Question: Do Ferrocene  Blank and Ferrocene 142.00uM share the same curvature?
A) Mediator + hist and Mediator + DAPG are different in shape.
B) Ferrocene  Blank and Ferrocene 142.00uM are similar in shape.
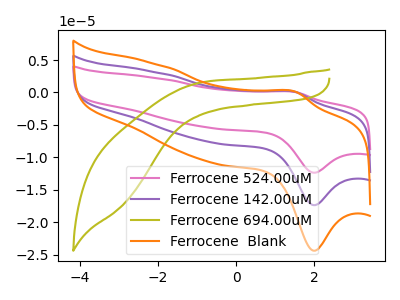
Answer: <think>The pink curve "Ferrocene 524.00uM" has an anodic peak at (1.50V, 0.15uA) and a cathodic peak at (2.00V, -34.75uA). The purple curve "Ferrocene 142.00uM" has an anodic peak at (1.50V, 0.10uA) and a cathodic peak at (2.00V, -17.40uA). The olive curve "Ferrocene 694.00uM" has no peaks. The orange curve "Ferrocene  Blank" has an anodic peak at (1.50V, 0.10uA) and a cathodic peak at (2.00V, -24.40uA).
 All the peaks in "Ferrocene  Blank" have a peak in "Ferrocene 142.00uM" at the same potential. Every peak in "Ferrocene  Blank" is higher than every peak in "Ferrocene 142.00uM".</think>
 <answer>B) "Ferrocene  Blank" and "Ferrocene 142.00uM" are similar in shape.</answer>
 <eval>B</eval>